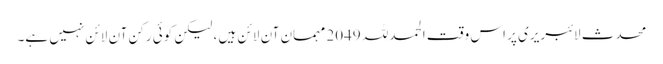
محدث لائبریری پر اس وقت الحمدللہ 2049 مہمان آن لائن ہیں ، لیکن کوئی رکن آن لائن نہیں ہے۔